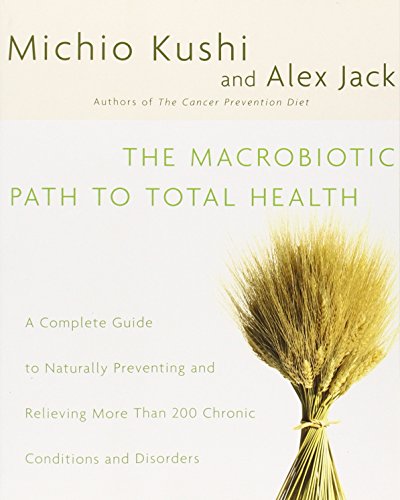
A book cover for The Macrobiotic Path to Total Health: A Complete Guide to Naturally Preventing and Relieving More Than 200 Chronic Conditions and Disorders; Michio Kushi; Health, Fitness & Dieting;